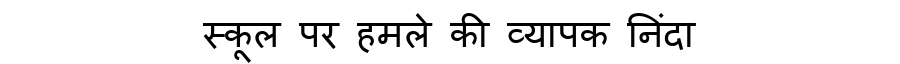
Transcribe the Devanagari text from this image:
स्कूल पर हमले की व्यापक निंदा